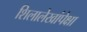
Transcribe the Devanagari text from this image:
शिलालेखांपेक्षा